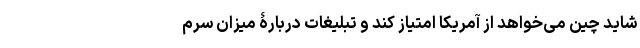
شاید چین می‌خواهد از آمریکا امتیاز کند و تبلیغات دربارۀ میزان سرم